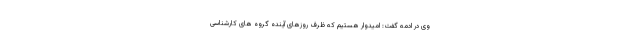
وی در ادمه گفت: امیدوار هستیم که ظرف روزهای آینده گروه های کارشناسی